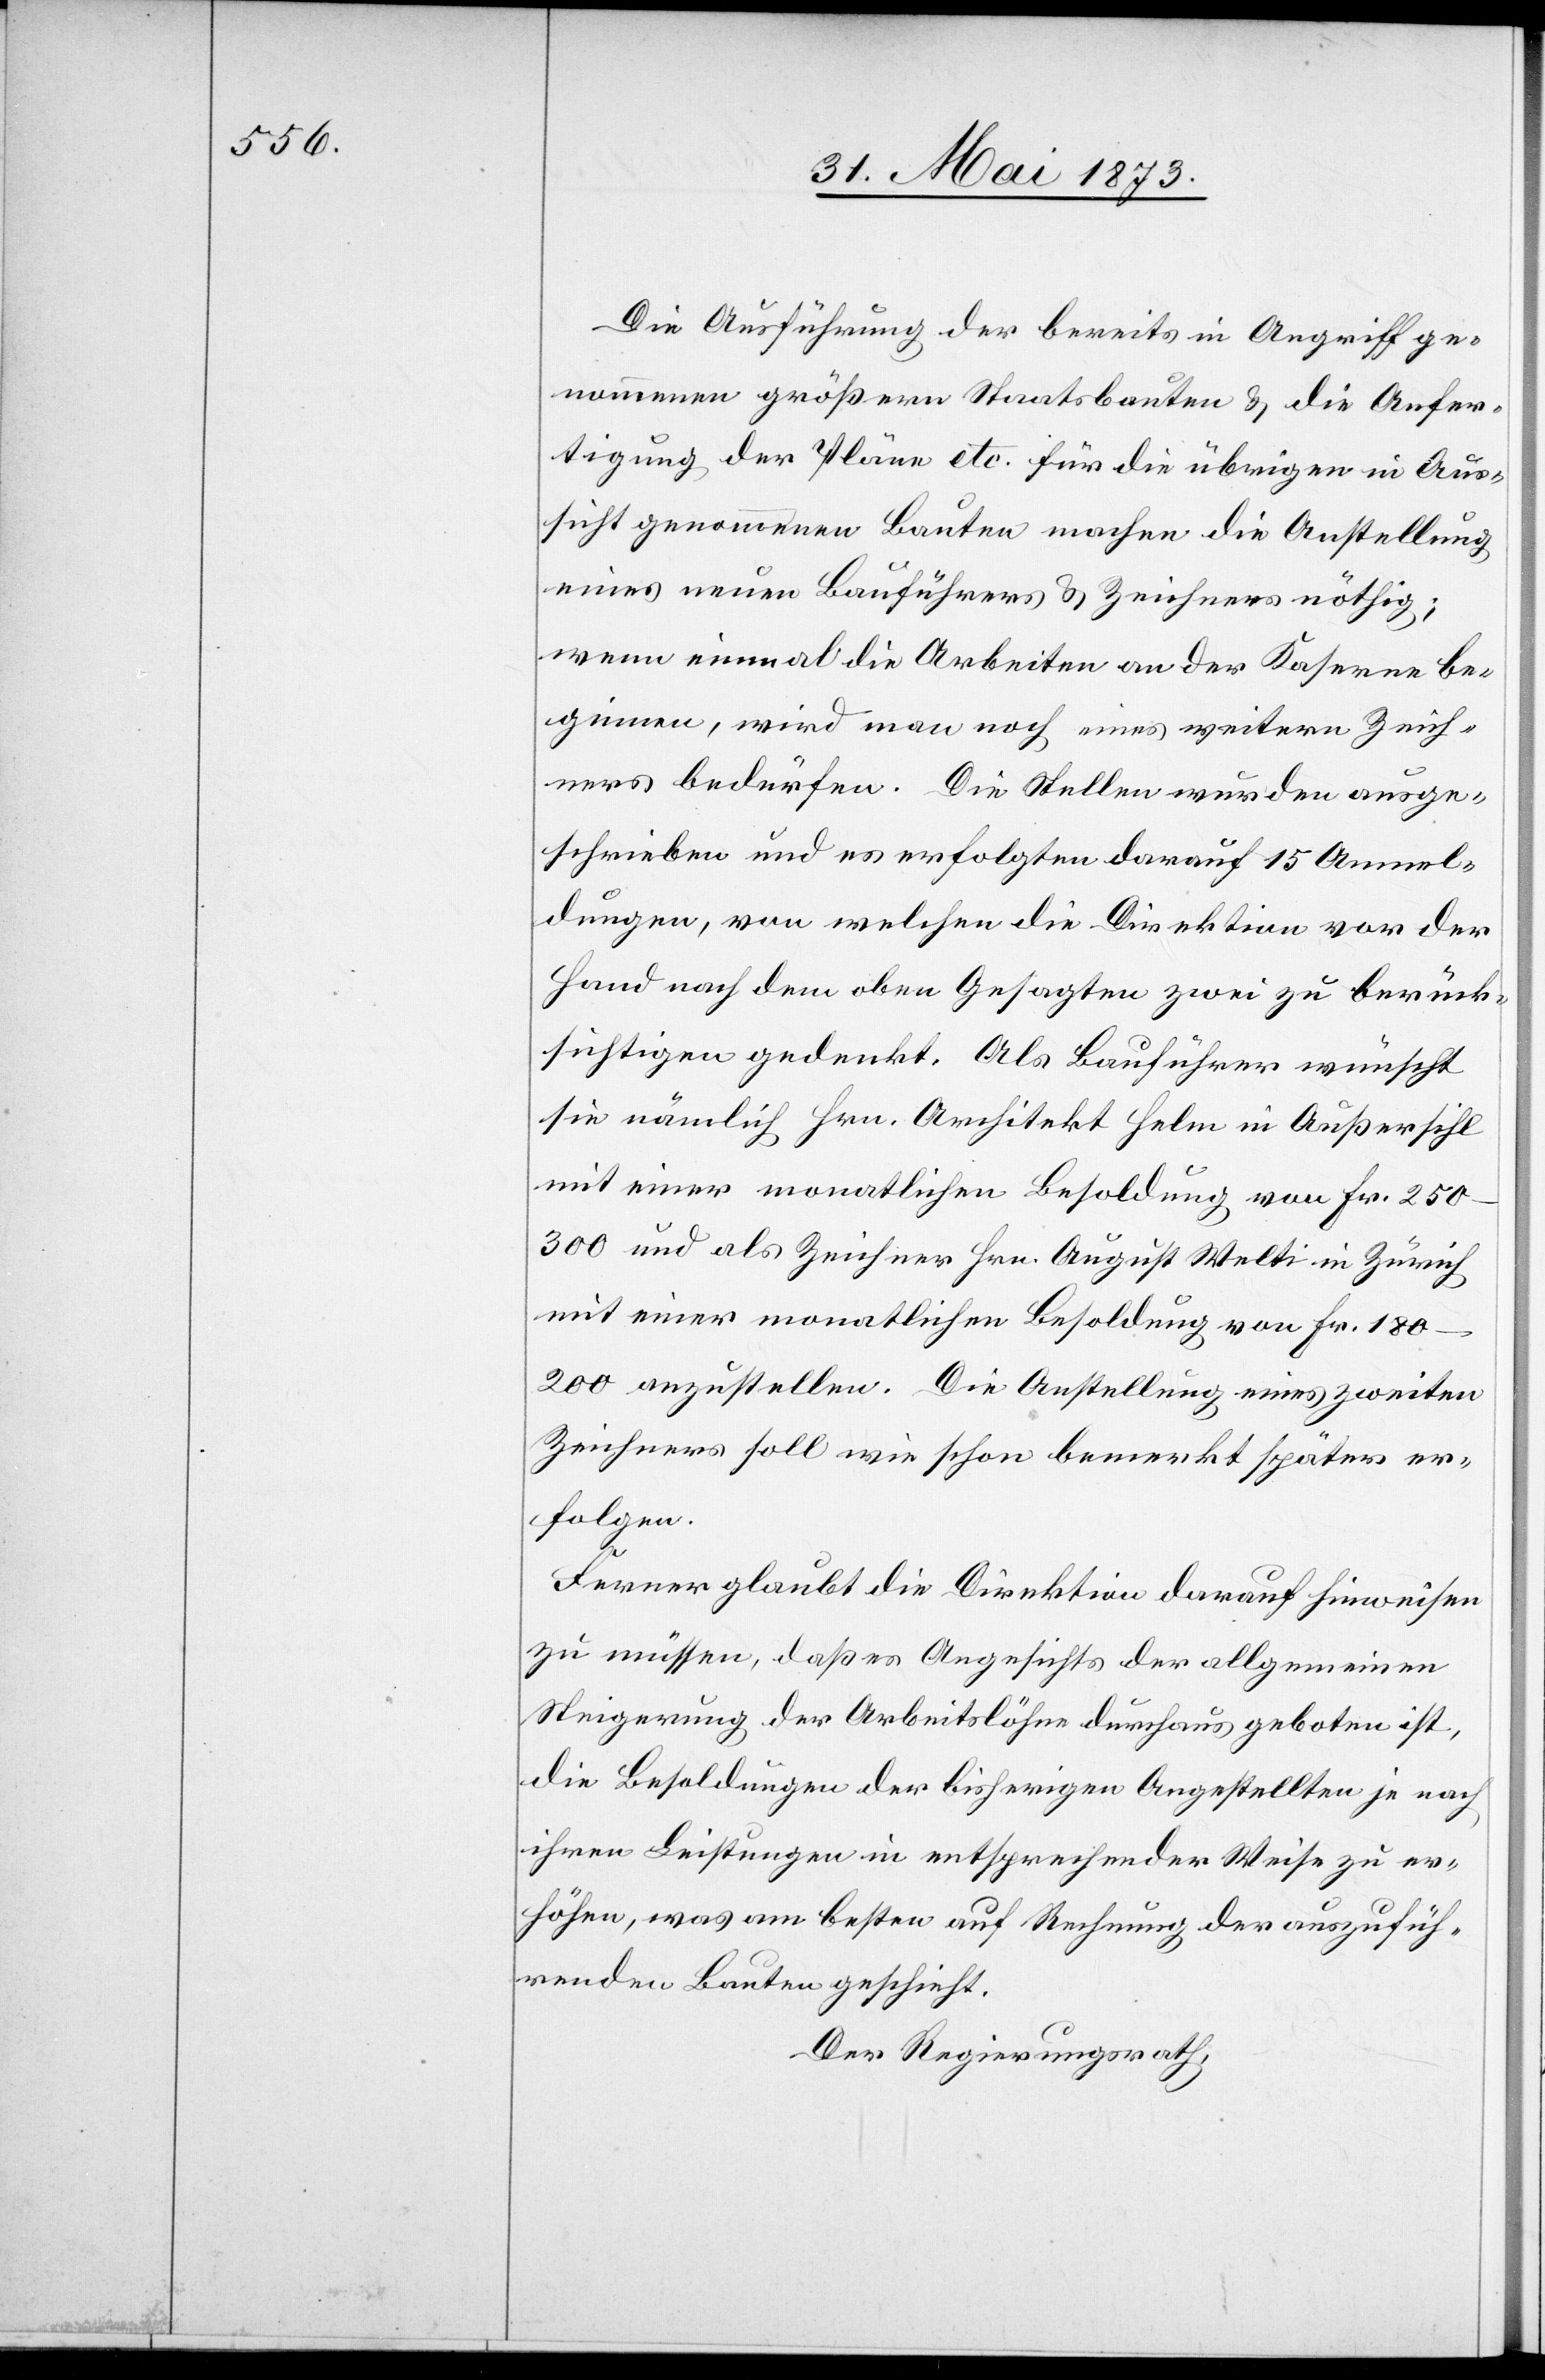
Die Ausführung der bereits in Angriff ge¬
nommenen größern Staatsbauten & die Anfer¬
tigung der Pläne etc. für die übrigen in Aus¬
sicht genommenen Bauten machen die Anstellung
eines neuen Bauführers & Zeichners nöthig;
wenn einmal die Arbeiten an der Kaserne be¬
ginnen, wird man noch eines weitern Zeich¬
ners bedürfen. Die Stellen wurden ausge¬
schrieben und es erfolgten darauf 15 Anmel¬
dungen, von welchen die Direktion vor der
Hand nach dem oben Gesagten zwei zu berück¬
sichtigen gedenkt. Als Bauführer wünscht
sie nämlich Hrn. Architekt Helm in Außersihl
mit einer monatlichen Besoldung von Fr.
250–300 und als Zeichner Hrn. August Welti in Zürich
mit einer monatlichen Besoldung von Fr.
180–200 anzustellen. Die Anstellung eines zweiten
Zeichners soll wie schon bemerkt später er¬
folgen.
Ferner glaubt die Direktion darauf hinweisen
zu müssen, daß es Angesichts der allgemeinen
Steigerung der Arbeitslöhne durchaus geboten ist,
die Besoldungen der bisherigen Angestellten je nach
ihren Leistungen in entsprechender Weise zu er¬
höhen, was am besten auf Rechnung der auszufüh¬
renden Bauten geschieht.
Der Regierungsrath,